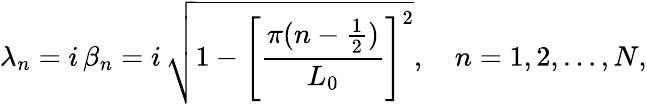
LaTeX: \lambda_{n}=i\, \beta_{n}=i\, \sqrt{1-\left[\frac{\pi(n-\frac{1}{2})}{L_{0}}\right]^{2}},\quad n=1,2,\dots,N,